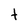
Character: t